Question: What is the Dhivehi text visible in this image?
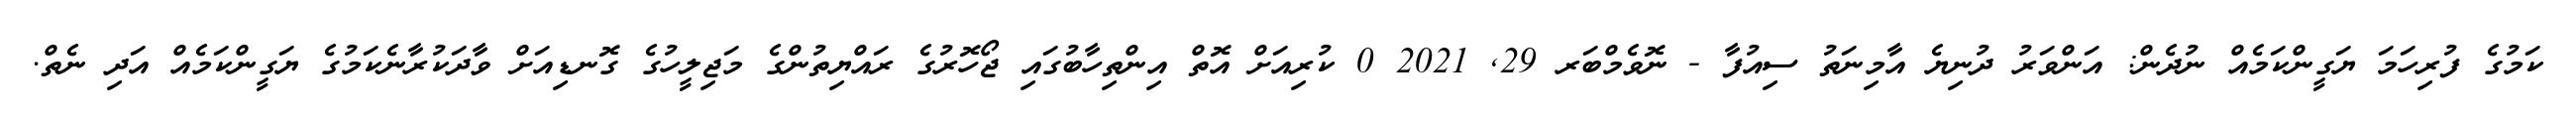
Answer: ކަމުގެ ފުރިހަމަ ޔަގީންކަމެއް ނުދެން: އަންވަރު ދުނިޔެ އާމިނަތު ސިއުފާ - ނޮވެމްބަރ 29, 2021 0 ކުރިއަށް އޮތް އިންތިހާބުގައި ޖޯހޮރުގެ ރައްޔިތުންގެ މަޖިލީހުގެ ގޮނޑިއަށް ވާދަކުރާނެކަމުގެ ޔަގީންކަމެއް އަދި ނެތް.